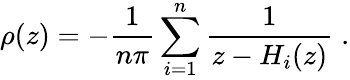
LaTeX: \rho(z)=-{\frac{1}{n\pi}}\sum_{i=1}^{n}{\frac{1}{z-H_{i}(z)}}\; .